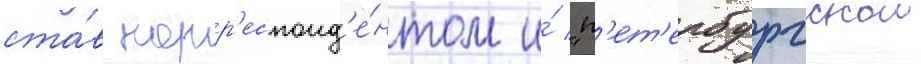
ста́в корр'еспонд'е́нтом и́ "п'ет'ербургскои